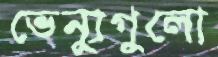
ভেন্যুগুলো